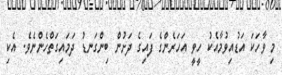
މި ވާހަކަ އަޑުއިވުމާއެކު ހީވީ އަހަރެންގެ ފައިގެ ދަށުން ބިންގަނޑު ދަމައިގަތްހެންނެވެ. އެކި